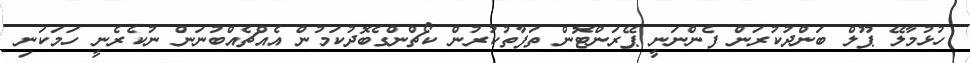
ހުޅުމާލޭ ޕޫލް ބަންދުކުރަން ފެންނަނީ ޕޭރަންޓޮން ތަފާތުކުރުން ކޯޗްންގެބޮދުކަމުން އެއްޗެއްބުނަން ނުކެރެނީ ހަމަކަނި